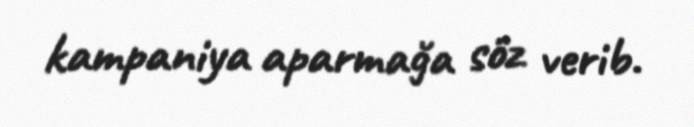
kampaniya aparmağa söz verib.